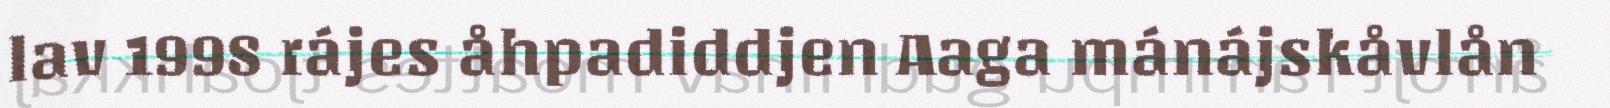
lav 1998 rájes åhpadiddjen Aaga mánájskåvlån